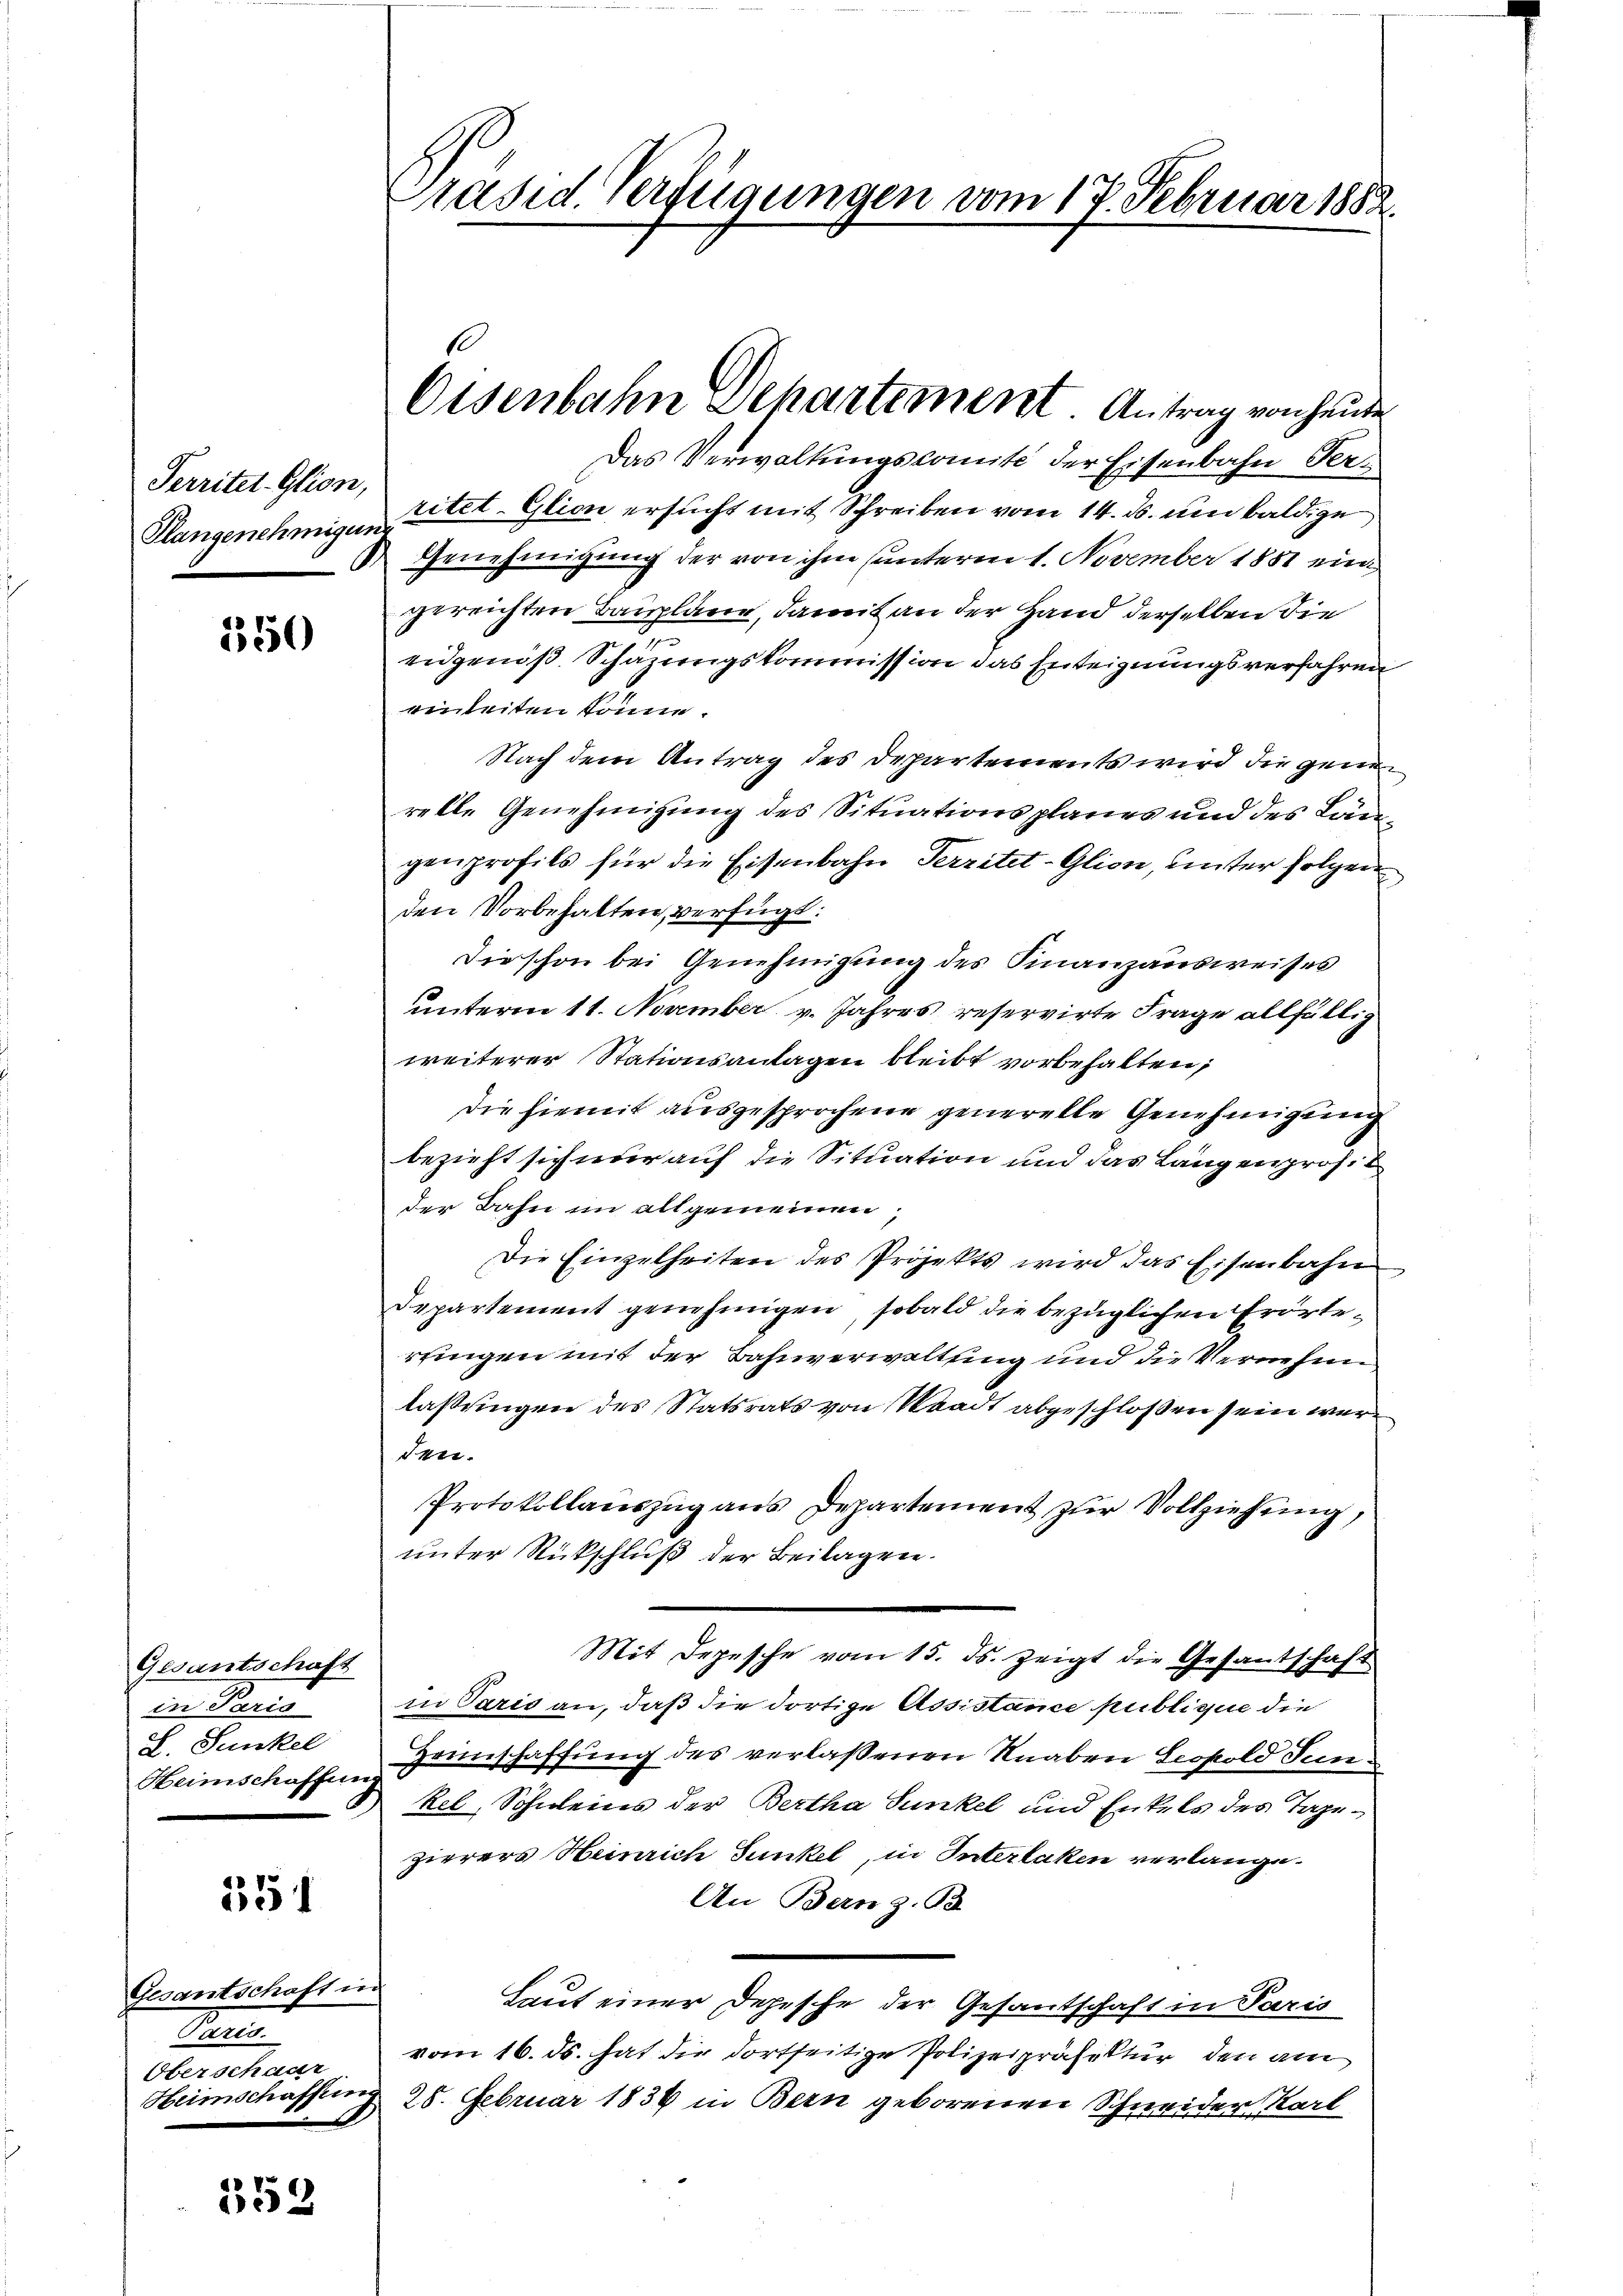
Perritet-Glion,
Klangenehmigung

550

Gesantschaft
in Pers
L. Junkel
Heimschaffun

351

Gesantschaft in
Paris.
Oberschaar

352

Präsid. Verfügungen vom 17. Februar 1882.

Das Verwaltungscomite der Eisenbahn Serritet. Glion ersucht mit Schreiben vom 14. ds. um baldige
Genehmigung der von ihm unterm 1. November 1881 ein
gereichten Baupläne, damit an der Hand derselben die
eidgenöß. Schazungskommission das Enteignungsverfahren
einleiten könne.
Nach dem Antrag des Departements wird die genen
relle Genehmigung des Situationsplanes und des Längenprofils für die Eisenbahn Territet-Glion, unter folgen
den Vorbehalten, verfügt:
Die schon bei Genehmigung des Finanzausweises
unterm 11. November v. Jahres reservirte Frage allfällig
weiterer Stationsanlagen bleibt vorbehalten,
die hiemit ausgesprochene generelle Genehmigung
bezieht sich nur auf die Situation und das Längenprofit
der Bahn im allgemeinen,
Die Einzelheiten des Projekts wird das Eisenbahn
Departement genehmigen, sobald die bezüglichen Erörtertingen mit der Bahnverwaltung und die Vernehm
laßungen des Statsrats von Waadt abgeschloßen sein werden.
Protokollauszug aus Departement zur Vollziehung,
unter Rückschluß der Beilagen.
Mit Depesche vom 15. ds. zeigt die Gesantschaft
in Paris an, daß die dortige Assistance publiquie die
Heimschaffung des verlassenen Knaben Leopold Senkel, Schweins der Bertha Funkel und Enkels des Tagezierers Heinrich Junkel, in Interlaken verlange.
An Barnz.B.
Laut einer Depesche der Gesantschaft in Paris
vom 16. ds. hat die dortseitige Polizeipräsektur den am
Heimschaffung 28. Februar 1834 in Bern geborenen Schneider Karl

Eisenbahn Departement Antrag von heute